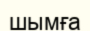
шымға